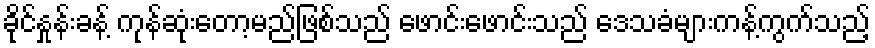
ခိုင်နှုန်းခန့် ကုန်ဆုံးတော့မည်ဖြစ်သည် ဖောင်းဖောင်းသည် ဒေသခံများကန့်ကွက်သည့်